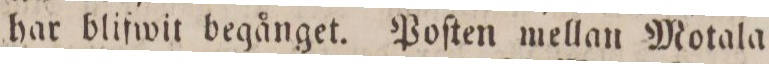
har blifwit begånget. Poſten mellan Motala